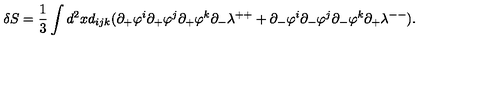
\delta S = \frac { 1 } { 3 } \int d ^ { 2 } x d _ { i j k } ( \partial _ { + } \varphi ^ { i } \partial _ { + } \varphi ^ { j } \partial _ { + } \varphi ^ { k } \partial _ { - } \lambda ^ { + + } + \partial _ { - } \varphi ^ { i } \partial _ { - } \varphi ^ { j } \partial _ { - } \varphi ^ { k } \partial _ { + } \lambda ^ { -- } ) .